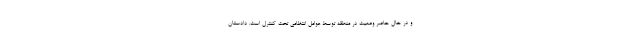
و در حال حاضر وضعیت در منطقه توسط عوامل انتظامی تحت کنترل است. دادستان